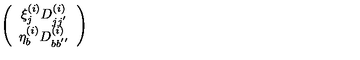
\left( \begin{array} { c } { { \xi } _ { j } ^ { ( i ) } D _ { j j ^ { ' } } ^ { ( i ) } } \\ { { \eta } _ { b } ^ { ( i ) } D _ { b b ^ { ' ^ { \prime } } } ^ { ( i ) } } \\ \end{array} \right)